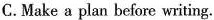
C.Make a plan before writing.